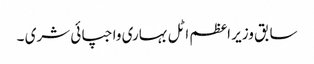
سابق وزیر اعظم اٹل بہاری واجپائی شری ۔